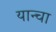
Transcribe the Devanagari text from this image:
यान्चा